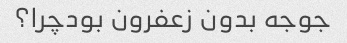
جوجه بدون زعفرون بودچرا؟